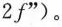
2f”)。